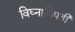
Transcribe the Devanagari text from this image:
विघ्नाधिपती